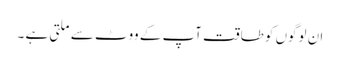
ان لوگوں کو طاقت آپ کے ووٹ سے ملتی ہے ۔